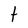
Character: t